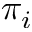
\pi _ { i }